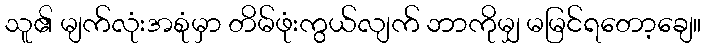
သူ၏ မျက်လုံးအစုံမှာ တိမ်ဖုံးကွယ်လျက် ဘာကိုမျှ မမြင်ရတော့ချေ။